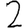
Digit: 2